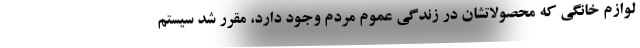
لوازم خانگی که محصولاتشان در زندگی عموم مردم وجود دارد، مقرر شد سیستم